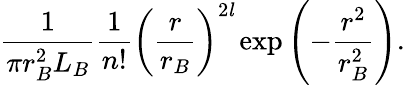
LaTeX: {\frac{1}{\pi r_{B}^{2}L_{B}}}{\frac{1}{n!}}\left({\frac{r}{r_{B}}}\right)^{2{\mathit{l}}}\exp\left(-{\frac{r^{2}}{r_{B}^{2}}}\right).